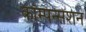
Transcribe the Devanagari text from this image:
कॉम्पन्सेशन